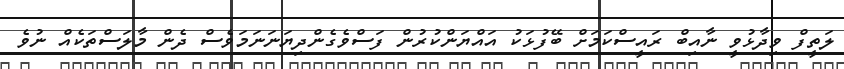
ލަތީފް ވިދާޅުވީ ނާއިބް ރައީސްކަމަށް ބޭފުޅަކު އައްޔަންކުރުން ފަސްވެގެންދިޔަނަނަމަވެސް ދެން މާލަސްތަކެއް ނުވެ